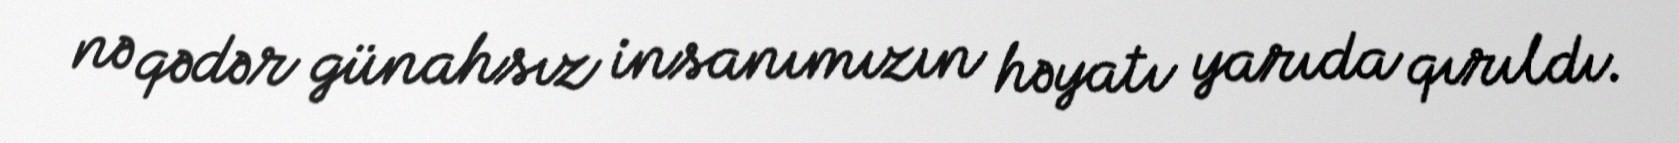
nə qədər günahsız insanımızın həyatı yarıda qırıldı.